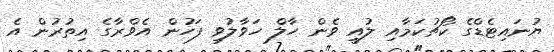
ޔުނައިޓެޑްގެ ކޯޗުކަމާއި ލުއީ ވެން ހާލް ހަވާލުވި ފަހުން އެވްރާގެ އިތުރުން އެ